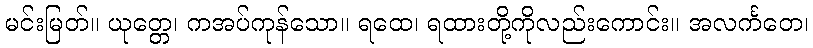
မင်းမြတ်။ ယုတ္တေ၊ ကအပ်ကုန်သော။ ရထေ၊ ရထားတို့ကိုလည်းကောင်း။ အလင်္ကတေ၊